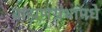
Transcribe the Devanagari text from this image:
ब्राह्मणग्रंथांमधे